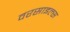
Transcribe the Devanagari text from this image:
वरसाइल्स